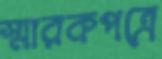
স্মারকপত্রে